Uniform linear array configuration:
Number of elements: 64
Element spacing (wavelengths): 0.75
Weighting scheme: exponential
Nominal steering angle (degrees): -15
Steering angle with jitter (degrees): -16.394
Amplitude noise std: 0.05
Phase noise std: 0.05

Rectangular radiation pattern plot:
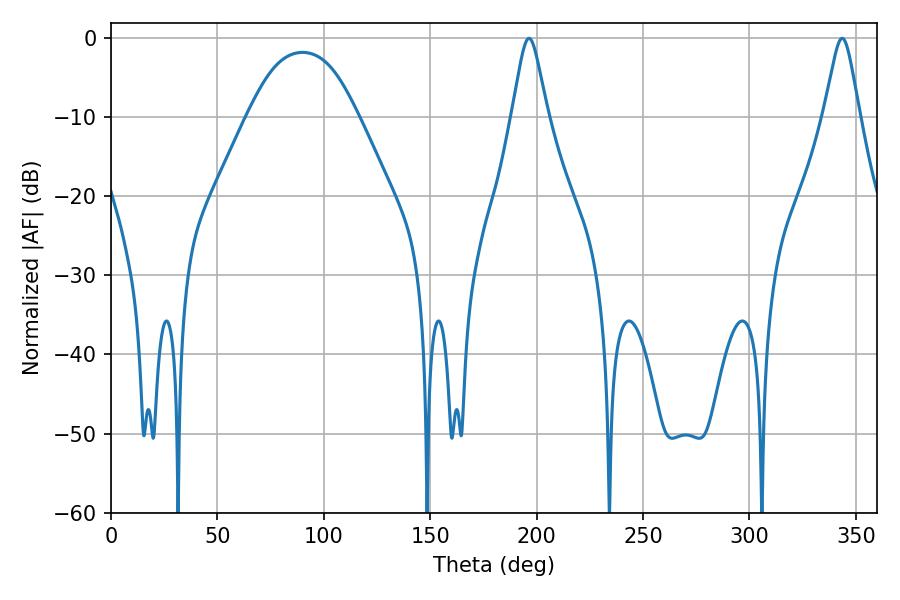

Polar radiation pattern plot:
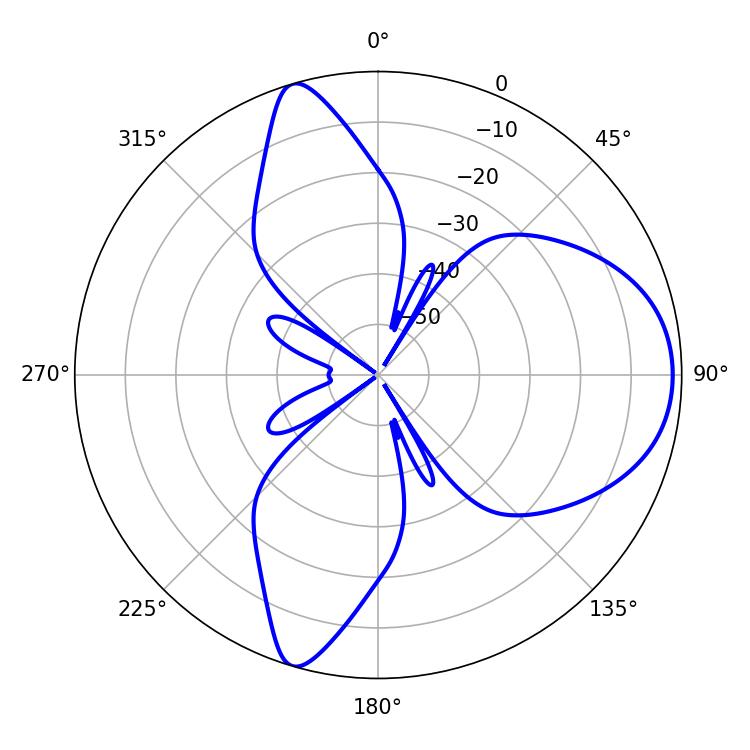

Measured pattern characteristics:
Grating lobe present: TRUE
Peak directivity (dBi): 8.263
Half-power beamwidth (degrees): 7.92
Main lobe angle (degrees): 196.38